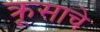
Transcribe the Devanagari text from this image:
क्रूसाचे